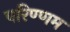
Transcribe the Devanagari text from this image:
परिण्णम